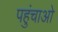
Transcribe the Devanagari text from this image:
पहुंचाओ